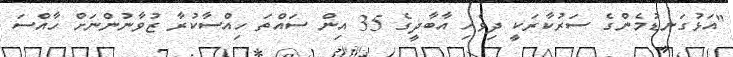
"އަޅުގަނޑުމެންގެ ސަަރުކާރަކީ ދިވެހި އާބާދީގެ 35 އިން ސައްތަ ހިއްސާކުރާ ޒުވާނުންނަށް ހާއްސަ